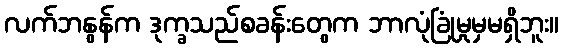
လက်ဘနွန်က ဒုက္ခသည်စခန်းတွေက ဘာလုံခြုံမှုမှမရှိဘူး။